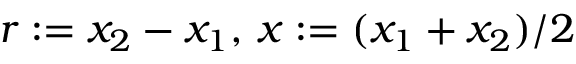
r : = x _ { 2 } - x _ { 1 } , \, x : = ( x _ { 1 } + x _ { 2 } ) / 2